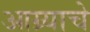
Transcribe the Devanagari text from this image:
आग्र्याचे